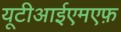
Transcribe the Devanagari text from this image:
यूटीआईएमएफ़